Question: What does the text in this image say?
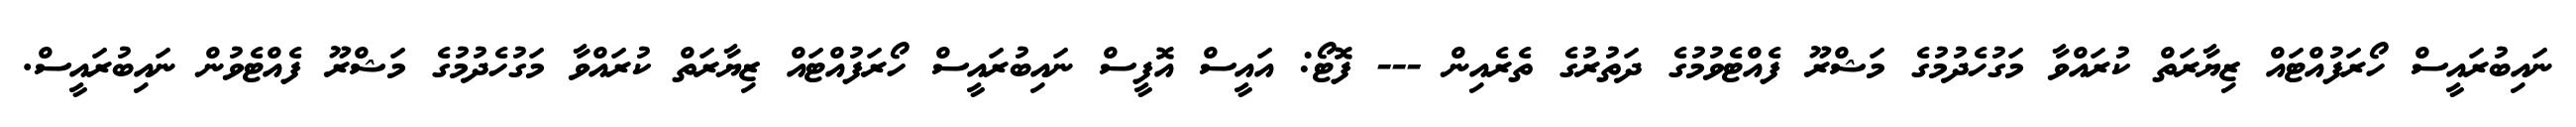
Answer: ނައިބުރައީސް ހޯރަފުއްޓައް ޒިޔާރަތް ކުރައްވާ މަގުހެދުމުގެ މަޝްރޫ ފެއްޓެވުމުގެ ދަތުރުގެ ތެރެއިން --- ފޮޓޯ: އައީސް އޮފީސް ނައިބުރައީސް ހޯރަފުއްޓައް ޒިޔާރަތް ކުރައްވާ މަގުހެދުމުގެ މަޝްރޫ ފެއްޓެވުން ނައިބުރައީސް.